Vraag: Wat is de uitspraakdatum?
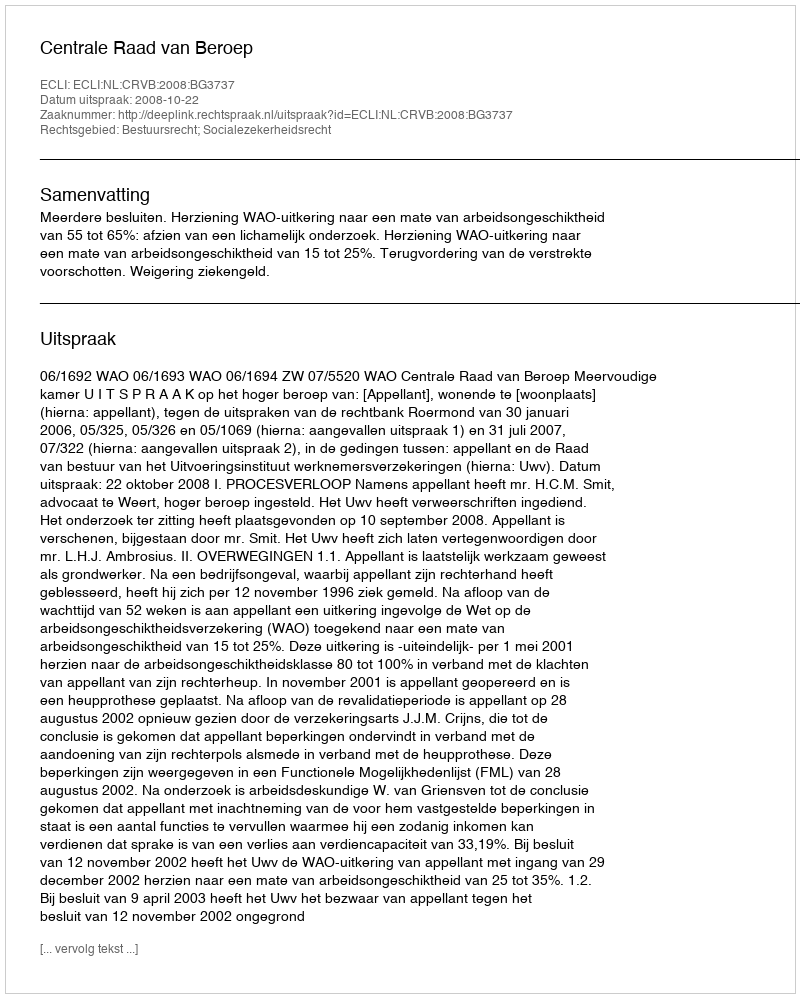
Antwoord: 2008-10-22